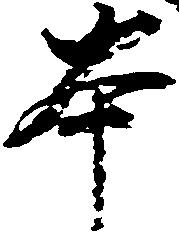
本